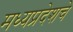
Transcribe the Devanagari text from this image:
मध्यप्रदेशचे